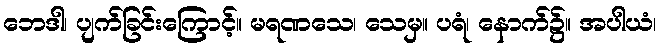
ဘေဒါ၊ ပျက်ခြင်းကြောင့်။ မရဏသေ၊ သေမှ။ ပရံ၊ နောက်၌။ အပါယံ၊